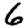
Digit: 6